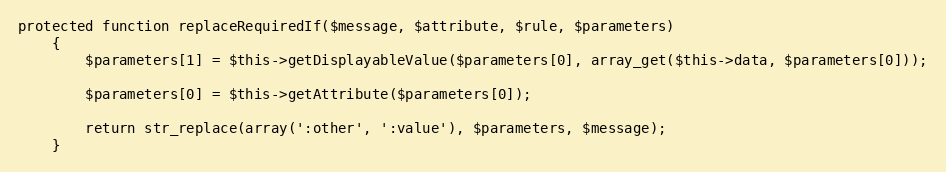
Language: PHP
protected function replaceRequiredIf($message, $attribute, $rule, $parameters)
	{
		$parameters[1] = $this->getDisplayableValue($parameters[0], array_get($this->data, $parameters[0]));

		$parameters[0] = $this->getAttribute($parameters[0]);

		return str_replace(array(':other', ':value'), $parameters, $message);
	}